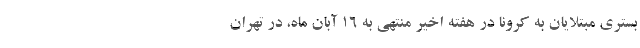
بستری مبتلایان به کرونا در هفته اخیر منتهی به ۱۶ آبان ماه، در تهران